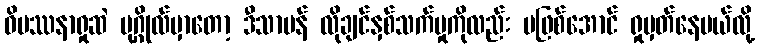
ဝိပဿနာရှုဆဲ ပုဂ္ဂိုလ်မှာတော့ ဒီသာမန် လိုချင်နှစ်သက်မှုကိုလည်း မဖြစ်အောင် ရှုမှတ်နေမယ်လို့